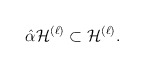
\begin{align*}\hat \alpha {\cal H}^{(\ell )}\subset {\cal H}^{(\ell )}.\end{align*}